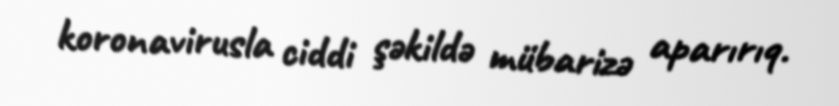
koronavirusla ciddi şəkildə mübarizə aparırıq.